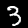
Digit: 3